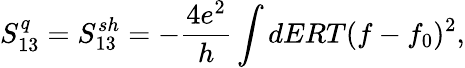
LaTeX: S_{13}^{q}={S_{13}^{sh}}=-\frac{4e^{2}}{h}\int dERT(f-f_{0})^{2},